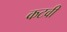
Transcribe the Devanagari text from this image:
कटवी